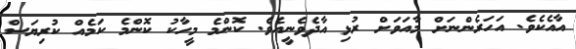
އާއެކެވެ. އަހަރެންނަށް މާއަވަށް ރުޅި އާދެވެނީއެވެ. ކޮންމެ މީހާކު ކޮންމެ ކަމެއް ކުރިޔަސް